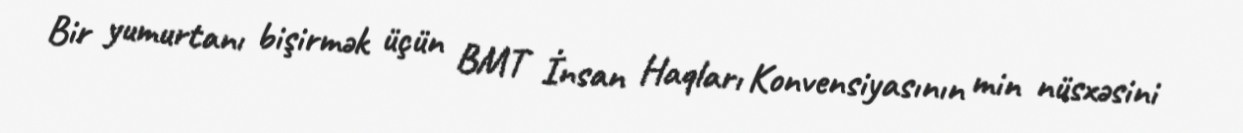
Bir yumurtanı bişirmək üçün BMT İnsan Haqları Konvensiyasının min nüsxəsini